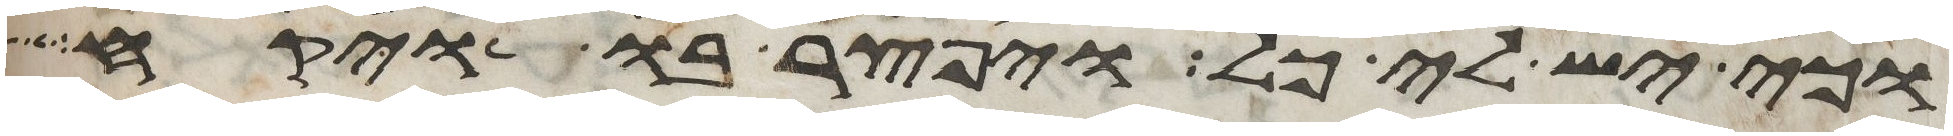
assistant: וכי יש לי כל ויפצר בו ויקח